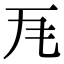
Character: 𭺜